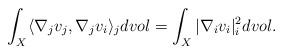
LaTeX: \begin{align*}\displaystyle \int _X \langle \nabla_j v_j , \nabla_j v_i \rangle _j dvol = \int_X \vert \nabla_i v_i \vert_i^2 dvol. \end{align*}